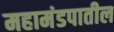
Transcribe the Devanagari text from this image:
महामंडपातील